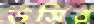
উসির